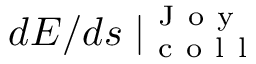
d E / d s \mid _ { \mathrm { ~ c ~ o ~ l ~ l ~ } } ^ { \mathrm { ~ J ~ o ~ y ~ } }